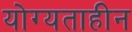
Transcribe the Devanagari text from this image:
योग्यताहीन